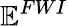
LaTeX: \mathbf{\mathbb{E}}^{FWI}